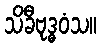
သိခီဗုဒ္ဓဝံသ။